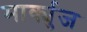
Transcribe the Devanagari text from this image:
मार्क्युज